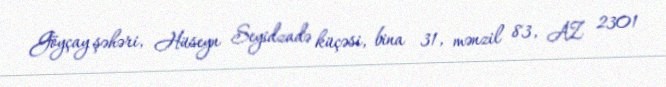
Göyçay şəhəri, Hüseyn Seyidzadə küçəsi, bina 31, mənzil 83, AZ 2301